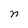
Character: n